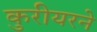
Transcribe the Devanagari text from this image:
कुरीयरने